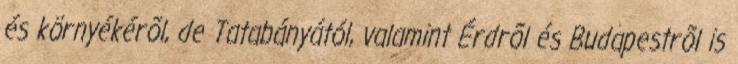
és környékérõl, de Tatabányától, valamint Érdrõl és Budapestrõl is